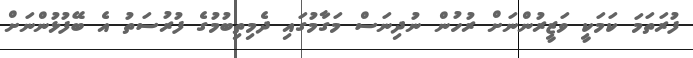
ފުރަތަމަ ކަމަކީ ވަޒީރުންނަށް ރުހުން ނުދިނަސް މަގާމުގައި ދެމިތިބުމުގެ ފުރުސަތު އެ ބޭފުޅުންނަށް